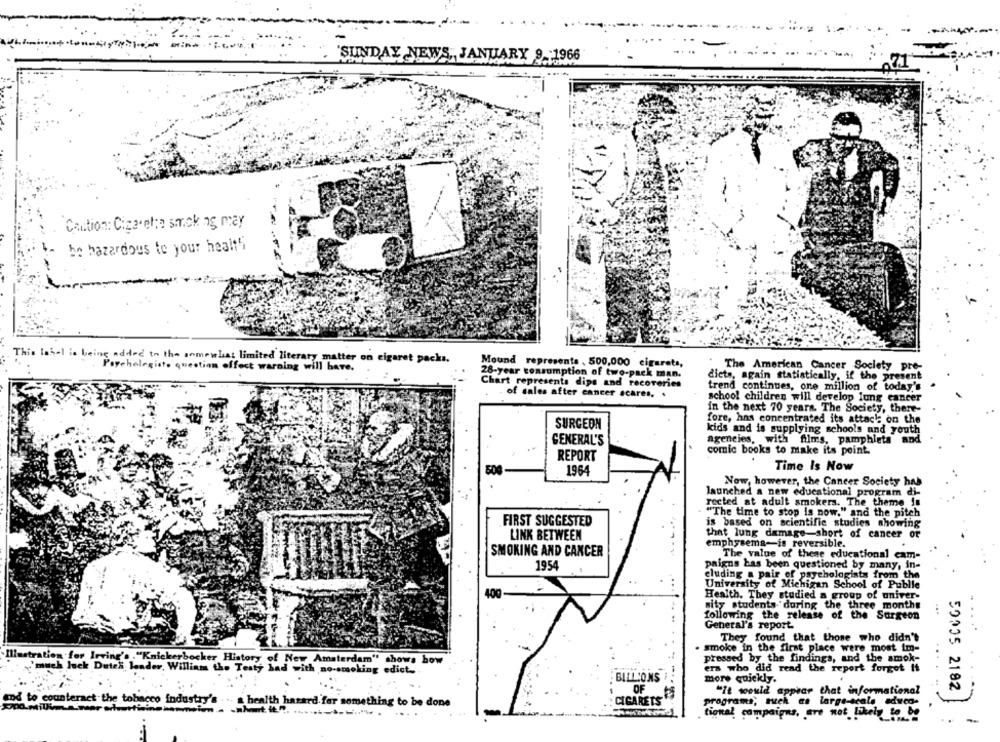
'SUNDAY NEWS, JANUARY 9 :1966
. ...
Caution: Cigarette sock og may
be hazardous te your healt5
This label is being added to the somewhat limited literary matter on cigaret packs.
Mound represents , 500,000 cigarets,
Psychologists question offect warning will have.
The American Cancer Society pre-
28-year consumption of two-pack man.
dicts, again statistically, if the present
Chart represents dips and recoveries
of sales after cancer scares. .
trend continues, one million of today's
school children will develop lung cancer
in the next 70 years. The Society, there-
fore, has concentrated its attach on the
SURGEON
kids and is supplying schools and youth
GENERAL'S
agencies, with films, pamphlets and
comic books to make its point.
REPORT
Time Is Now
1964
Now, however, the Cancer Society has
launched a new educational program di-
rected at adult smokers. The theme is
"The time to stop is now." and the pitch
FIRST SUGGESTED
is based on scientific studies showing
that lung damage-short of cancer or
LINK BETWEEN
emphysema-is reversible.
SMOKING AND CANCER
The value of these educational cam-
1954
paigus has been questioned by many, in-
cluding a pair of psychologists from the
University of Michigan School of Publie
400
Health. They studied a group of univer-
sity students during the three months
following the release of the Surgeon
General's report
They found that those who didn't
.....
smoke in the first place were most im-
Illustration for Irving's ."Knickerbocker History of New Amsterdam" shows how
pressed by the findings, and the smok-
ers who did read the report forgot It
'much Jack Dutes, leader, Williams the Testy bad with no-smoking edict-
BILLIONS
more quickly.
OF
"It would appear that informational
59035 2182
mod to counteract the tobacco industry's ...
a health hasard for something to be done
CIGARETS"
programs; neck as large-scale adaco-
....
...
tional campaigns, are not likely to be
-